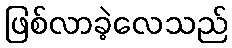
ဖြစ်လာခဲ့လေသည်